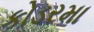
કોડરમા